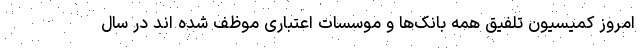
امروز کمیسیون تلفیق همه بانک‌ها و موسسات اعتباری موظف شده اند در سال